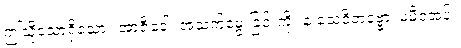
ဤသို့သောရှိသော။ အာဇီဝေါ၊ အသက်မွေးခြင်းကို။ န သေဝိတဗ္ဗော၊ မမှီဝဲအပ်။